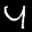
Label: 4